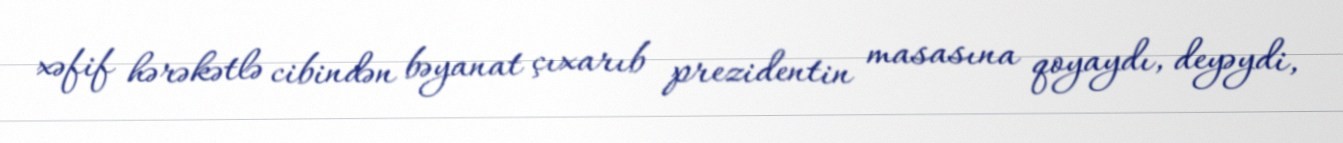
xəfif hərəkətlə cibindən bəyanat çıxarıb prezidentin masasına qoyaydı, deyəydi,